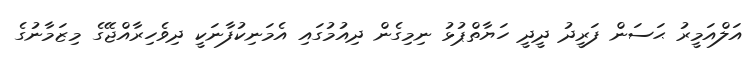
އަލްއަމީރު ޙަސަން ފަރީދު ދީދީ ހަޔާތްޕުޅު ނިމިގެން ދިއުމުގައި އެމަނިކުފާނަކީ ދިވެހިރާއްޖޭގެ މިޒަމާނުގެ